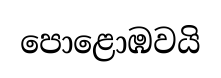
පොළොඹවයි